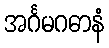
အင်္ဂမဂဓာနံ